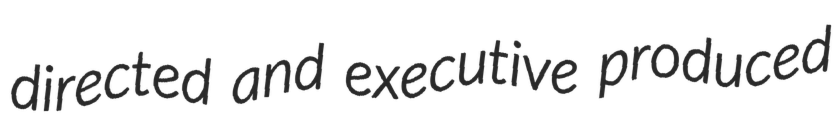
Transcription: directed and executive produced